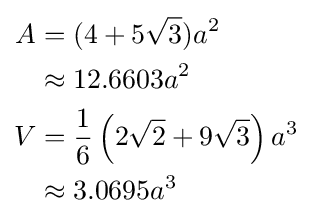
{\begin{aligned}A&=(4+5{\sqrt {3}})a^{2}\\&\approx 12.6603a^{2}\\V&={\frac {1}{6}}\left(2{\sqrt {2}}+9{\sqrt {3}}\right)a^{3}\\&\approx 3.0695a^{3}\end{aligned}}